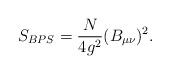
LaTeX: \begin{align*} S_{BPS}=\frac{N}{4g^2}(B_{\mu\nu})^2.\end{align*}